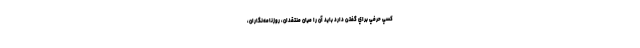
كسي حرفي براي گفتن دارد بايد آن را ميان منتقدان، روزنامه‌نگاران،